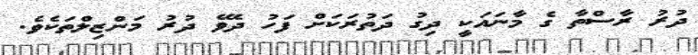
ދުރު ރާސްތާ ގެ މާނައަކީ ދިގު ދަތުރަކަށް ފަހު ދެވޭ ދުރު މަންޒިލްތަކެވެ.